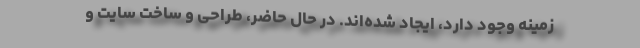
زمینه وجود دارد، ایجاد شده‌اند. در حال حاضر، طراحی و ساخت سایت و